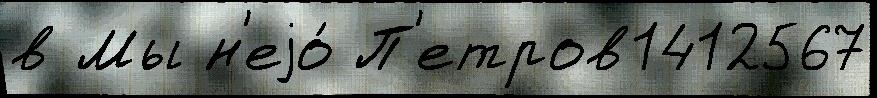
в Мы н'еjо́ П'етров1412567